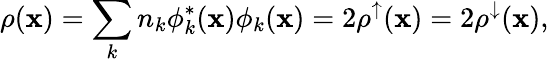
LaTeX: \rho({\mathbf x})=\sum_{k}{n_{k}\phi_{k}^{*}({\mathbf x})\phi_{k}({\mathbf x})}=2\rho^{\uparrow}({\mathbf x})=2\rho^{\downarrow}({\mathbf x}),